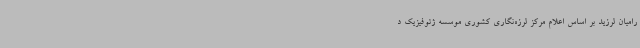
رامیان لرزید بر اساس اعلام مرکز لرزه‌نگاری کشوری موسسه ژئوفیزیک د